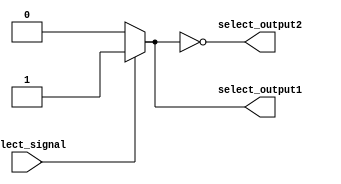
module demux(input select_signal,output reg select_output1,select_output2);
	always @* begin 
		if(select_signal==1'b1) select_output1 <= 1'b1; 
		else select_output1 <= 1'b0;
	select_output2 <= ~select_output1; 
	end	
endmodule